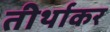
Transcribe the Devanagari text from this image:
तीर्थाकर